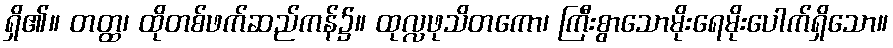
ရှိ၏။ တတ္ထ၊ ထိုတစ်ဖက်ဆည်ကန်၌။ ထုလ္လဖုသိတကော၊ ကြီးစွာသောမိုးရေမိုးပေါက်ရှိသော။